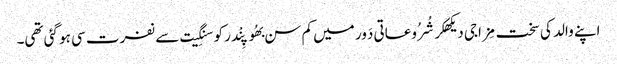
اپنے والد کی سخت مِزاجی دیکھکر شُرُوعاتی دَور میں کم سن بھُوپِنْدر کو سنگِیت سے نفرت سی ہو گئی تھی۔